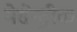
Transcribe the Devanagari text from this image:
मेसेन्ट्रीक